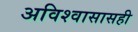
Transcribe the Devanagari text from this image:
अविश्वासासही